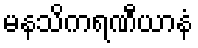
မနသိကရဏီယာနံ